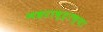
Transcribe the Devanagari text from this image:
महराष्ट्राच्या